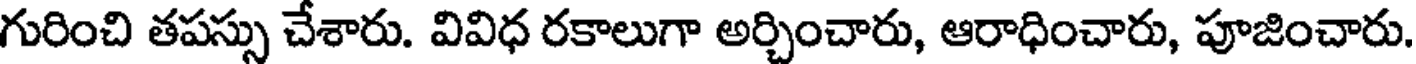
గురించి తపస్సు చేశారు. వివిధ రకాలుగా అర్చించారు, ఆరాధించారు, పూజించారు